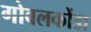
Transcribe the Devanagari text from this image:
गोवलकोंडा